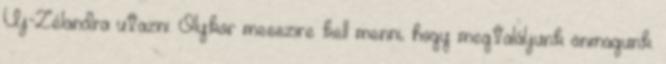
Új-Zélandra utazni. Olykor messzire kell menni, hogy megtaláljunk önmagunk.